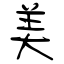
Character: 美